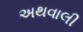
અથવાલી